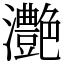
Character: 灔